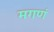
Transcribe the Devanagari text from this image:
मगणं